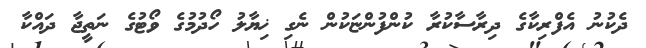
ދެކުނު އެފްރިކާގެ ދިރާސާކުރާ ކުންފުންޏަކުން ނެގި ޚިޔާލު ހޯދުމުގެ ވޯޓުގެ ނަތީޖާ ދައްކާ